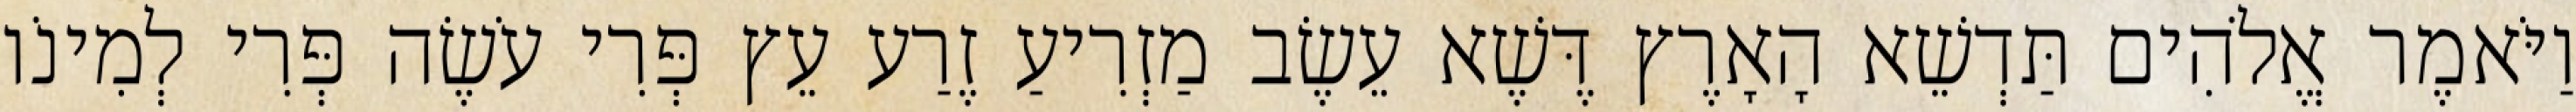
וַיֹּאמֶר אֱלֹהִים תַּדְשֵׁא הָאָרֶץ דֶּשֶׁא עֵשֶׂב מַזְרִיעַ זֶרַע עֵץ פְּרִי עֹשֶׂה פְּרִי לְמִינֹו